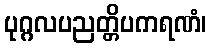
ပုဂ္ဂလပညတ္တိပကရဏံ၊